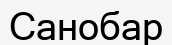
Санобар